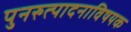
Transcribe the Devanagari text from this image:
पुनरुत्पादनाविषयक